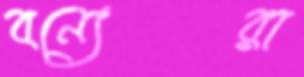
বন্যেরা